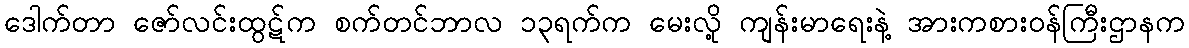
ဒေါက်တာ ဇော်လင်းထွဋ်က စက်တင်ဘာလ ၁၃ရက်က မေးလို့ ကျန်းမာရေးနဲ့ အားကစားဝန်ကြီးဌာနက